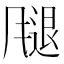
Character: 𫗁